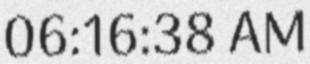
06:16:38 AM